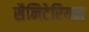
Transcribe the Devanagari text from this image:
सैनिटेरियम